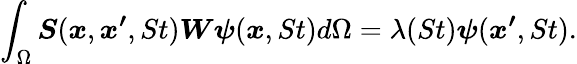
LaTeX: \int_{\Omega}\boldsymbol{S}(\boldsymbol{x},\boldsymbol{x^{\prime}},St)\boldsymbol{W}\boldsymbol{\psi}(\boldsymbol{x},St)d\Omega=\lambda(St)\boldsymbol{\psi}(\boldsymbol{x^{\prime}},St).